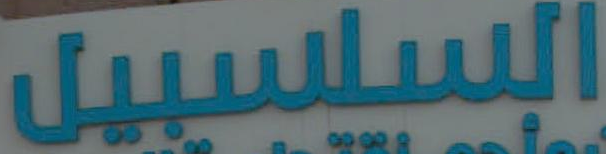
السلسبيل